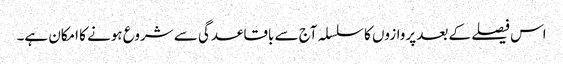
اس فیصلے کے بعد پروازوں کا سلسلہ آج سے باقاعدگی سے شروع ہونے کا امکان ہے۔